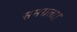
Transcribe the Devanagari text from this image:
समग्रता।